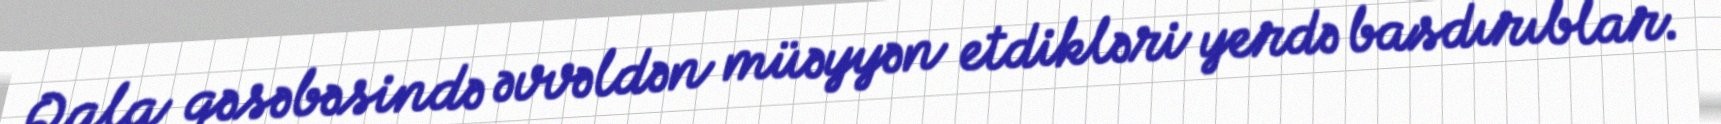
Qala qəsəbəsində əvvəldən müəyyən etdikləri yerdə basdırıblar.